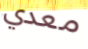
معدي